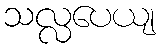
သလ္လပေယျ